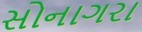
સોનાગરા